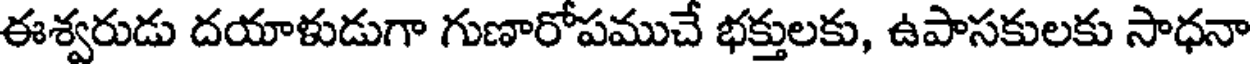
ఈశ్వరుడు దయాళుడుగా గుణారోపముచే భక్తులకు, ఉపాసకులకు సాధనా